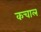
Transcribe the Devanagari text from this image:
कचाल